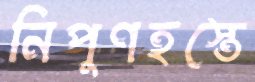
নিপুণহস্তে